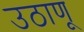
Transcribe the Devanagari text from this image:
उठाणू